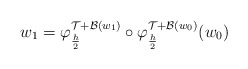
\begin{align*} w_1 = \varphi_{\frac{h}{2}}^{\mathcal{T} + \mathcal{B}(w_1)} \circ \varphi_{\frac{h}{2}}^{ \mathcal{T} + \mathcal{B}(w_0)}(w_0)\end{align*}